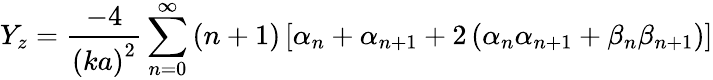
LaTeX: Y_{z}=\frac{-4}{\left(ka\right)^{2}}\sum_{n=0}^{\infty}\left(n+1\right)\left[\alpha_{n}+\alpha_{n+1}+2\left(\alpha_{n}\alpha_{n+1}+\beta_{n}\beta_{n+1}\right)\right]